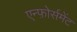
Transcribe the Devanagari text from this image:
एन्फ़ोर्समेंट